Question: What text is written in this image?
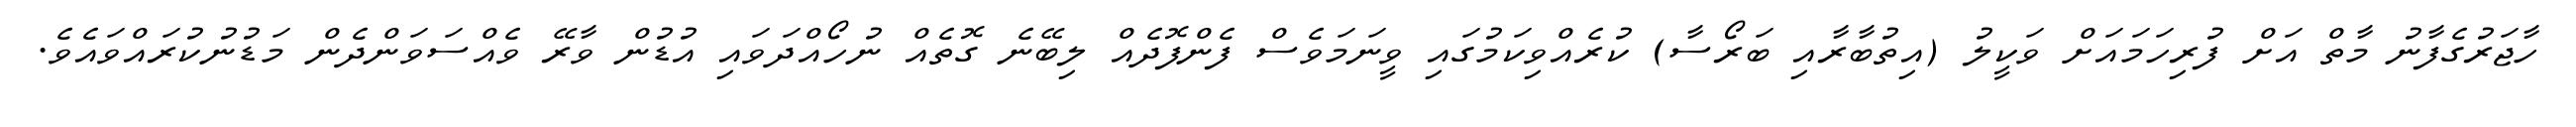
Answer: ހާޖަރުގެފާނު މާތް އަށް ފުރިހަމައަށް ވަކީލު (އިތުބާރާއި ބަރޯސާ) ކުރެއްވިކަމުގައި ވީނަމަވެސް ފެންފޮދެއް ލިބޭނެ ގޮތެއް ނުހޯއްދަވައި އުޑުން ވާރޭ ވެއްސަވަންދެން މަޑުނުކުރައްވައެވެ.